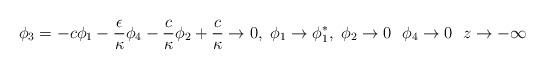
LaTeX: \begin{align*}\phi_3=-c\phi_1-\frac{\epsilon}{\kappa}\phi_4-\frac{c}{\kappa}\phi_2+\frac{c}{\kappa}\rightarrow 0,\ \phi_1\rightarrow\phi_1^*,\ \phi_2\rightarrow 0 \ \ \phi_4\rightarrow 0\ \ z\rightarrow -\infty\end{align*}